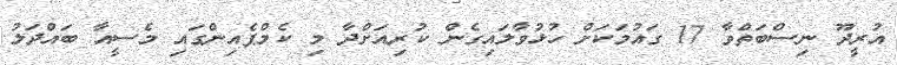
އުރީދޫ ނިސްބަތްވާ 17 ގައުމަކަށް ހުޅުވާލައިގެން ކުރިއަށްދާ މި ކެމްޕެއިންގައި މެސީއާ ބައްދަލު